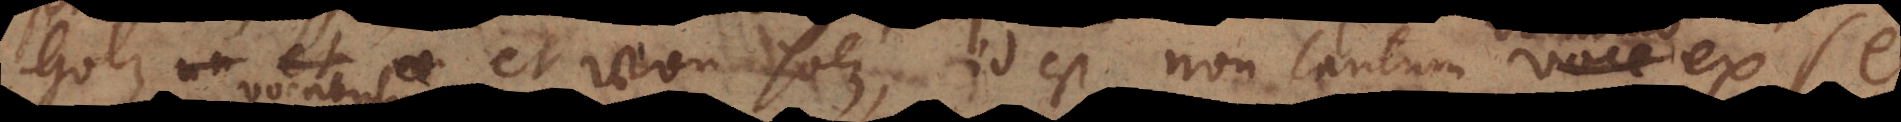
Holz et von Holz, id est non tantum voce ex sed